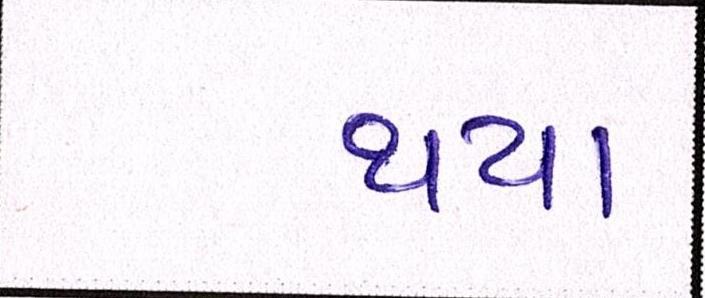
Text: થયા